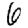
Digit: 6